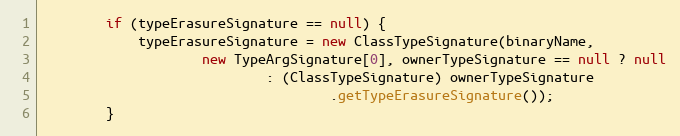
Language: Java
		if (typeErasureSignature == null) {
			typeErasureSignature = new ClassTypeSignature(binaryName,
					new TypeArgSignature[0], ownerTypeSignature == null ? null
							: (ClassTypeSignature) ownerTypeSignature
									.getTypeErasureSignature());
		}